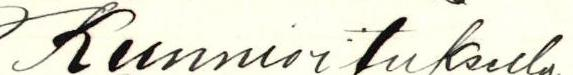
Kunnioituksella